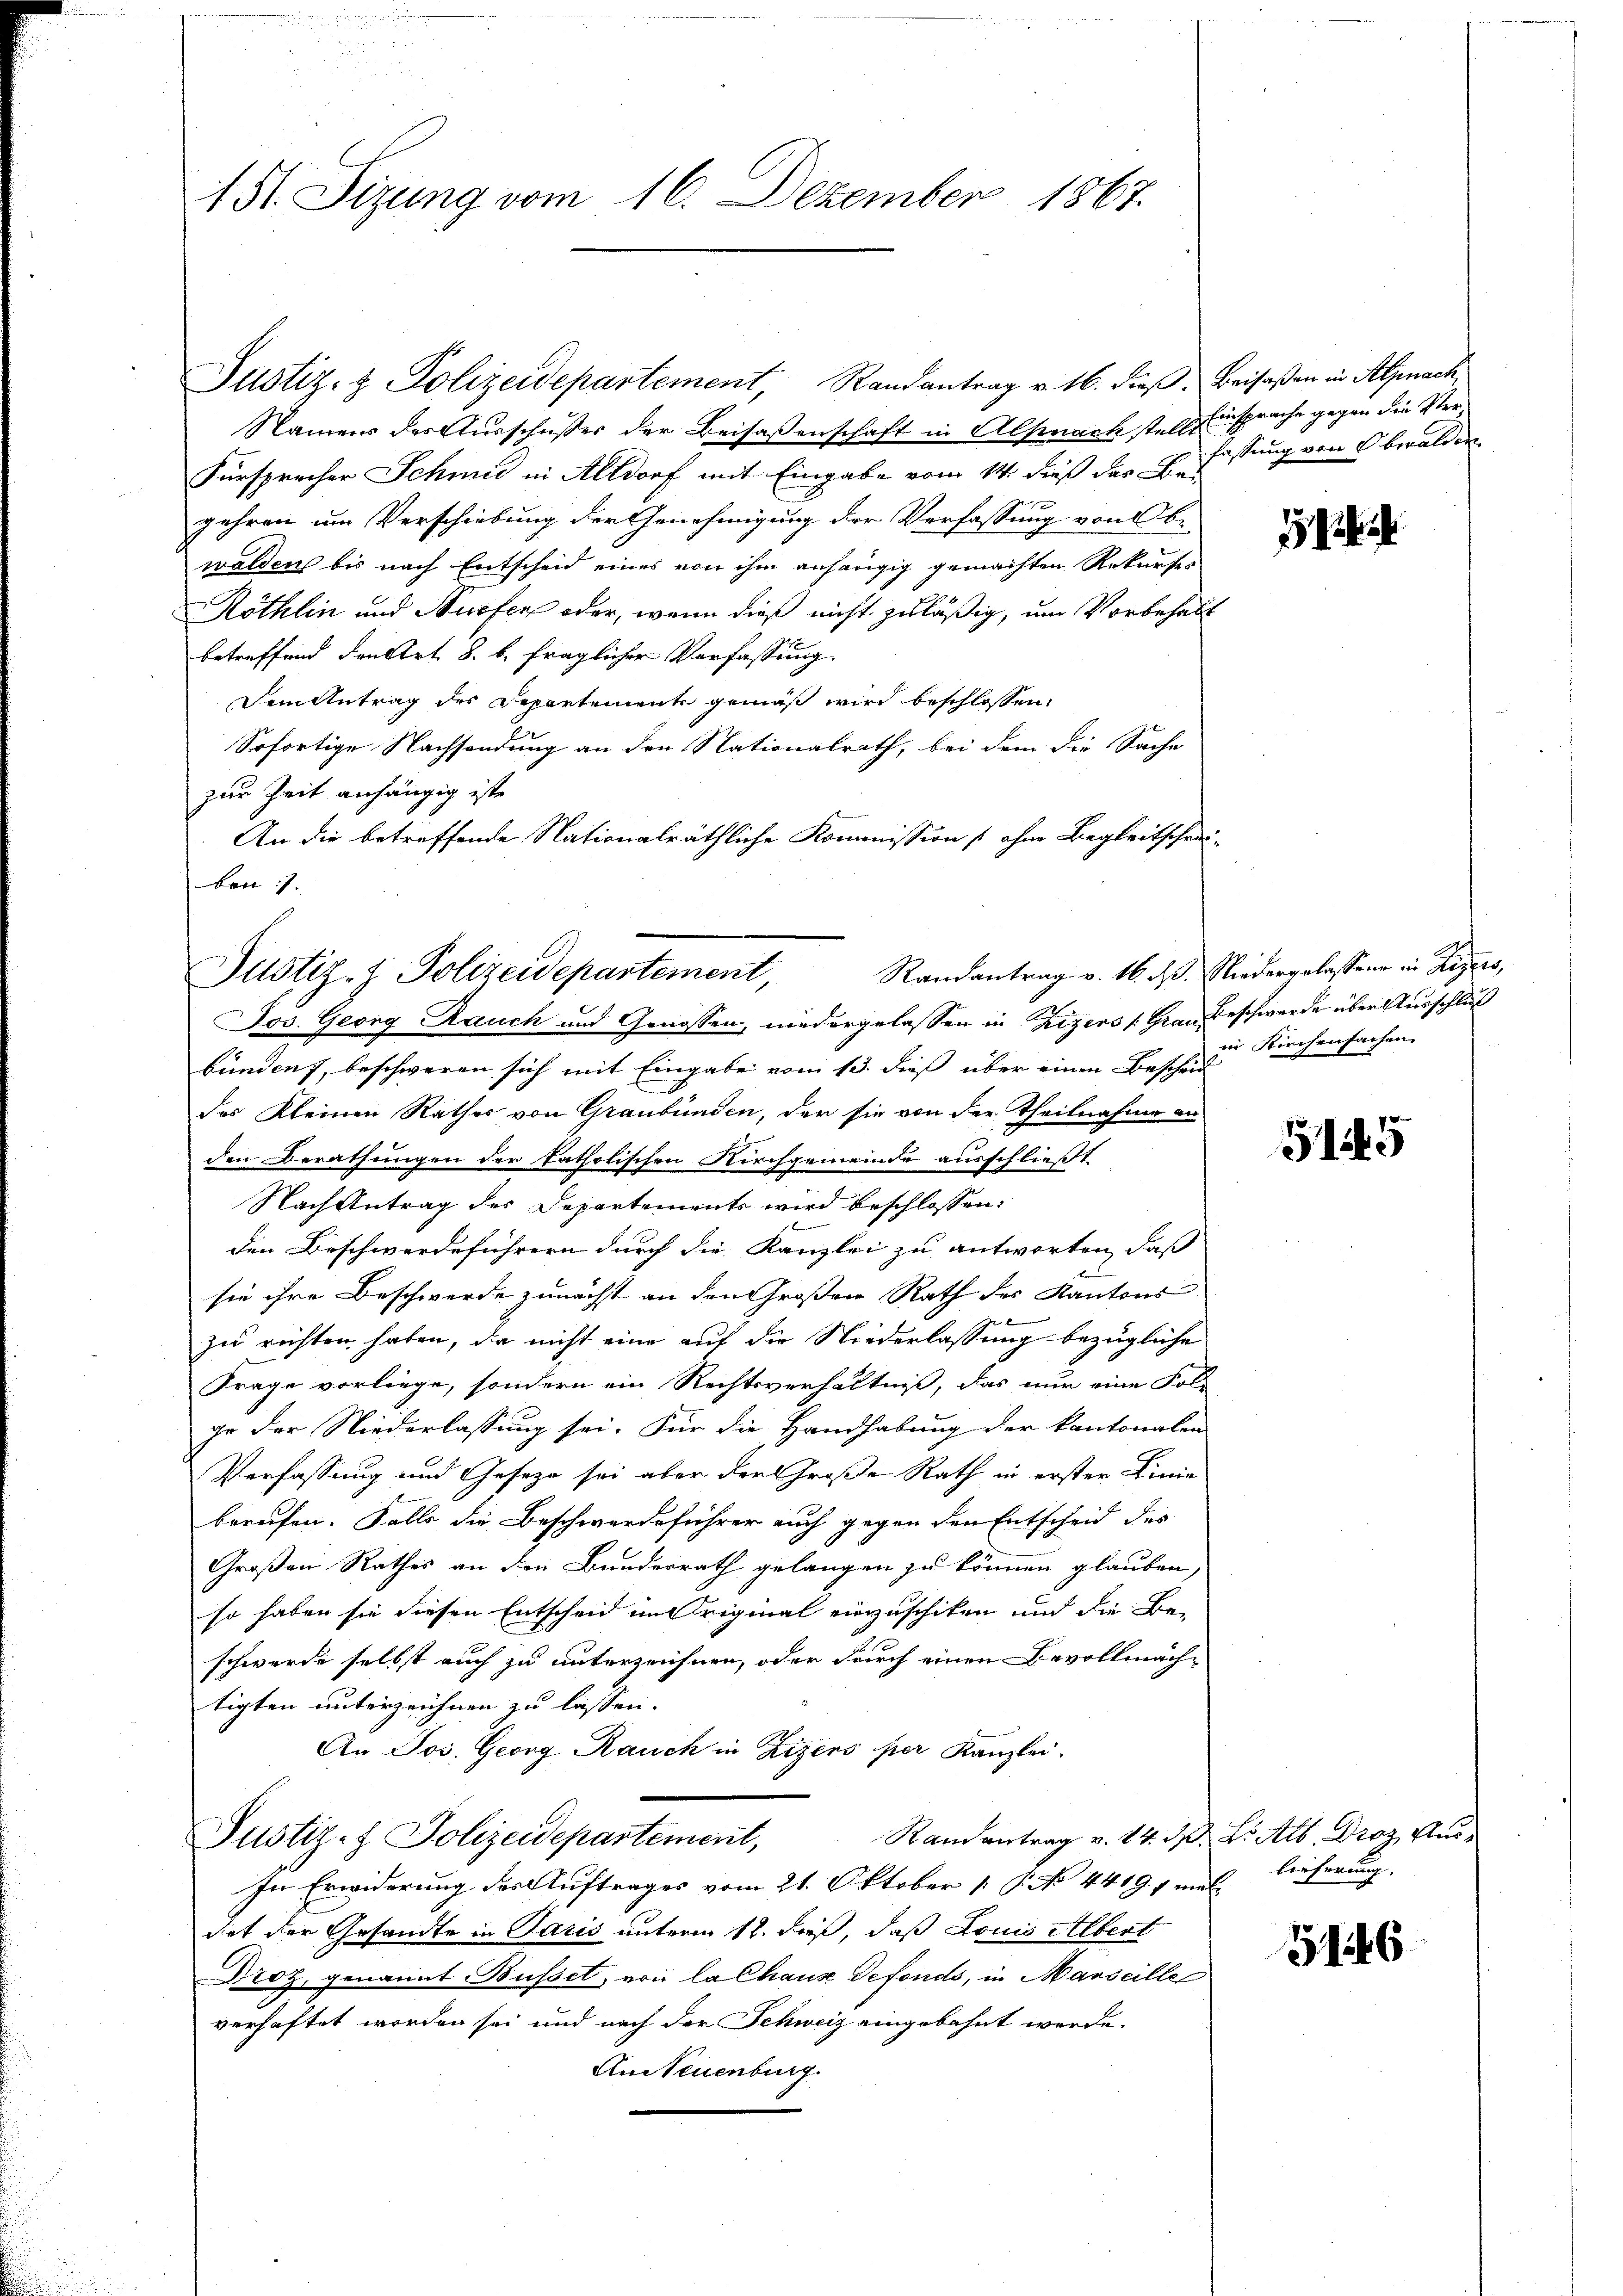
151. Sizung vom 16. Dezember 1867.

Justiz- & Polizeidepartement, Randantrag v. 16. dieß
Namens der Ausschußes der Beisaßenschaft in Alpnach stell
Fürsprecher Schmid in Altdorf mit Eingabe vom 14. dieß das Be
gehren um Verschiebung der Genehmigung der Verfassung von Obr
walden bis nach Entscheid eines von ihm anhängig gemachten Rekurse
Röthlin und Ausfers oder, wenn dieß nicht zuläßig, um Vorbeha
betreffend den Art. 8. b. fraglicher Verfassung.
Dem Antrag des Departemente gemäß wird beschlossen,
Sofortige Nachsendung an den Nationalrath, bei dem die Sache
zur Zeit anhängig iste
An die betreffende Nationalräthliche Kommission [ ohne Begleitsch
ben: 7.
Jos. Georg Rauch und Genossen, niedergelassen in Zizers /: Grau Beschwerde über Ausschluß
bundent, beschweren sich mit Eingabe vom 13. dieß über einen Bescheid
des Kleinen Rathes von Graubünden, der sie von der Theilnahme
den Berathungen der katholischen Kirchgemeinde ausschließt.
Nach Antrag des Departements wird beschlossen,
den Beschwerdeführern durch die Kanzlei zu antworten, daß
sie ihre Beschwerde zunächst an den Großen Rath des Kantons

zu richten haben, da nicht eine auf die Niederlassung bezügliche
Frage vorliege, sondern ein Rechtsverhältniß, das nur eine Fo
ie der Niederlassung sei. Für die Handhabung der kantonal-
Verfassung und Gesetze sei aber der Große Rath in erster Lim
berufen. Falls die Beschwerdeführer auch gegen den Entscheid des
Großen Rathes an den Bundesrath gelangen zu können glauben
so haben sie diesen Entscheid im Original einzuschiken und die Be-
schwerde selbst auch zu unterzeichnen, oder durch einen Bevollmach
tigten unterzeichnen zu lassen.
An Jos. Georg Rauch in Zizers per Kanzlei.
Randantrag v. 24. d
Justiz- & Polizeidepartement,
In Erwiderung des Auftrages vom 21. Oktober [ P. No. 44191.
det der Gesandte in Paris unterm 12. daß, daß Louis Albert
Droz, genannt Busset, von la Chaux defonds, in Marseille
verhaftet worden sei und nach der Schweiz eingebahnt werde.
An Steuenburg.

Justiz- & Polizeidepartement,

Beifaßen in Alpnach.
Einsprache gegen die Ver-
h
fassung von Obwalden

1

Randantrag v. 16. ds. Niedergelassene in Zizers,
in Kirchenfachen

5145

D. L Al. Droz. Auslieferung.
f

3146